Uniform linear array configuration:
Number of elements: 48
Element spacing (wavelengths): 0.5
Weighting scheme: blackman
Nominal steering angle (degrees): -45
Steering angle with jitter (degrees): -44.291
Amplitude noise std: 0.05
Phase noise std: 0.05

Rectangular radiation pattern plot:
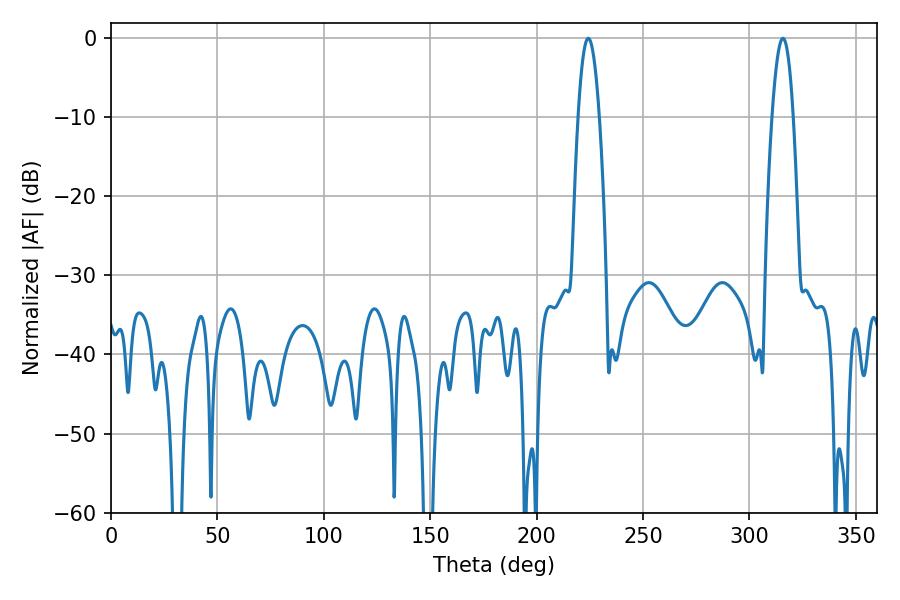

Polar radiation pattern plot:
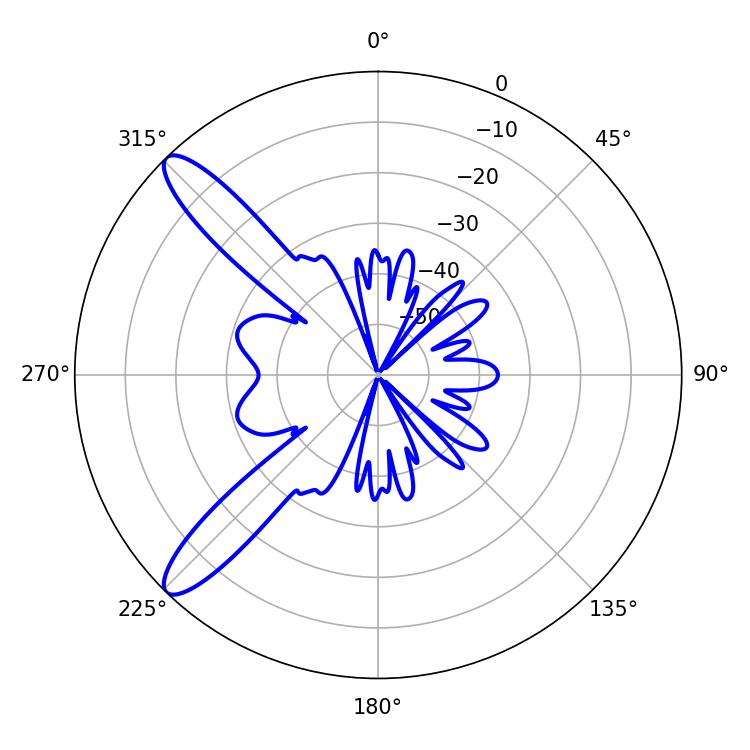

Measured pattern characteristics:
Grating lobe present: FALSE
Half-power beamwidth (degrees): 5.4
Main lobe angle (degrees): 224.28